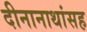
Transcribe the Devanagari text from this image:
दीनानाथांसह